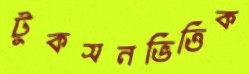
টুকসনভিত্তিক